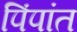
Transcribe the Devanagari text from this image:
पिंपांत